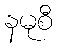
နမုစီ